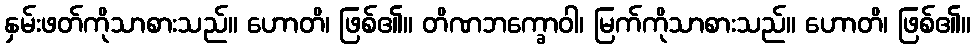
နှမ်းဖတ်ကိုသာစားသည်။ ဟောတိ၊ ဖြစ်၏။ တိဏဘက္ခောဝါ၊ မြက်ကိုသာစားသည်။ ဟောတိ၊ ဖြစ်၏။